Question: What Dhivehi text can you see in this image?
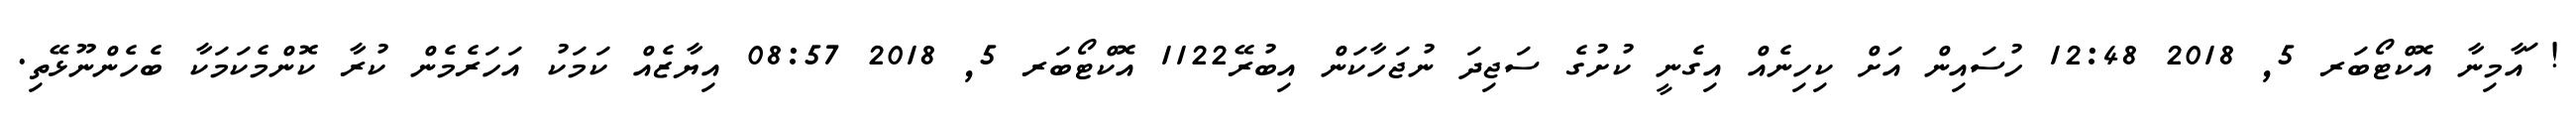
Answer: ! ައާމިނާ އޮކްޓޯބަރ 5, 2018 12:48 ހުސައިން އަށް ކިހިނެއް އިގެނީ ކުށުގެ ސަޖިދަ ނުޖަހާކަން އިބުރޭ1122 އޮކްޓޯބަރ 5, 2018 08:57 އިޔާޒެއް ކަމަކު އަހަރެމެން ކުރާ ކޮންމެކަމަކާ ބެހެންނޫޅޭތި.